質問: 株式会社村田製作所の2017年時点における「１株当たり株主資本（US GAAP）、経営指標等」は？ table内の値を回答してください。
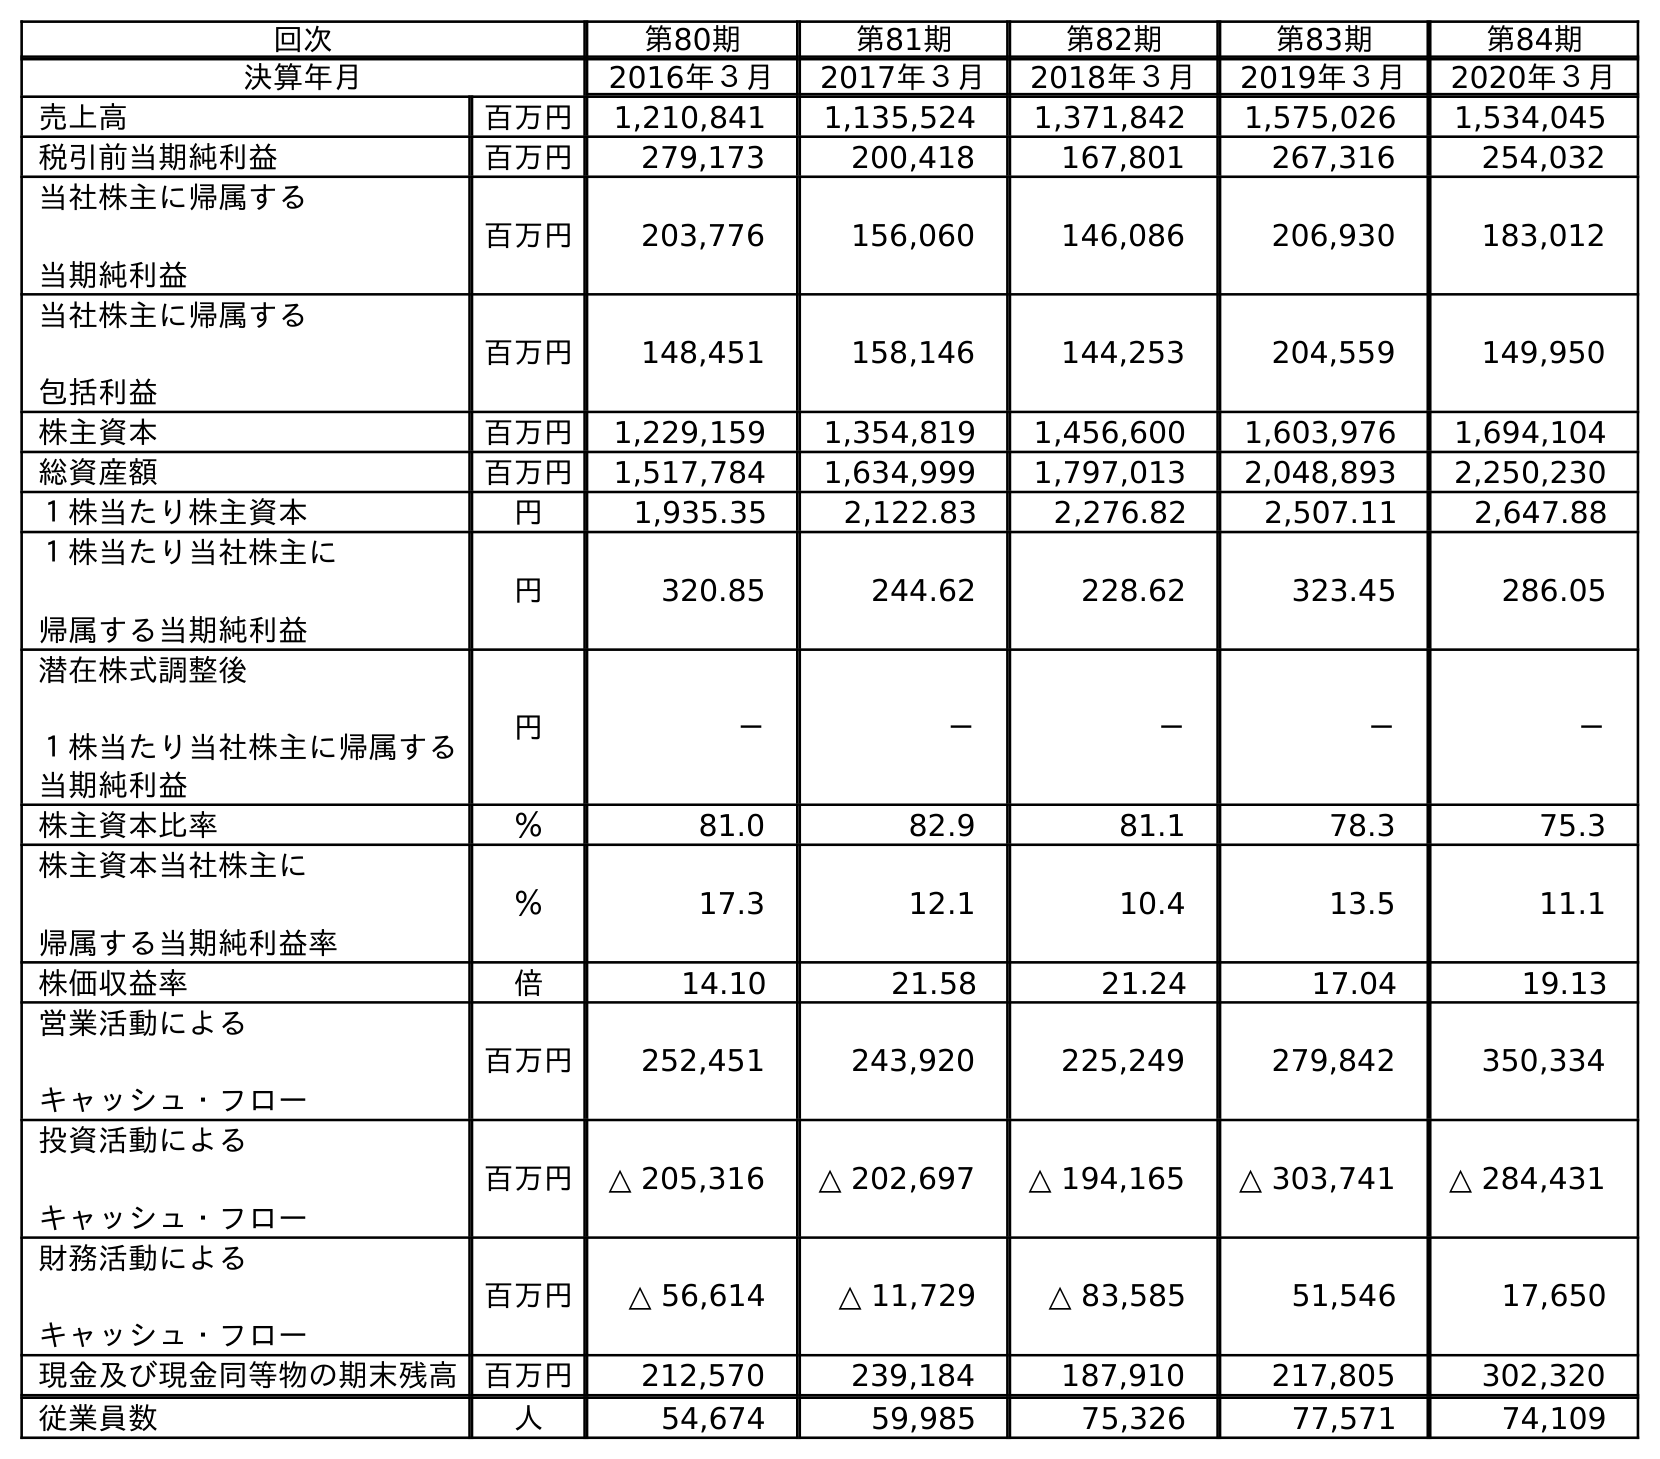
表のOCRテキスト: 回次 第80期 第81期 第82期 第83期 第84期 決算年月 2016年３月 2017年３月 2018年３月 2019年３月 2020年３月 売上高 百万円 1,210,841 1,135,524 1,371,842 1,575,026 1,534,045 税引前当期純利益 百万円 279,173 200,418 167,801 267,316 254,032 当社株主に帰属する 当期純利益 百万円 203,776 156,060 146,086 206,930 183,012 当社株主に帰属する 包括利益 百万円 148,451 158,146 144,253 204,559 149,950 株主資本 百万円 1,229,159 1,354,819 1,456,600 1,603,976 1,694,104 総資産額 百万円 1,517,784 1,634,999 1,797,013 2,048,893 2,250,230 １株当たり株主資本 円 1,935.35 2,122.83 2,276.82 2,507.11 2,647.88 １株当たり当社株主に 帰属する当期純利益 円 320.85 244.62 228.62 323.45 286.05 潜在株式調整後 １株当たり当社株主に帰属する 当期純利益 円 － － － － － 株主資本比率 ％ 81.0 82.9 81.1 78.3 75.3 株主資本当社株主に 帰属する当期純利益率 ％ 17.3 12.1 10.4 13.5 11.1 株価収益率 倍 14.10 21.58 21.24 17.04 19.13 営業活動による キャッシュ・フロー 百万円 252,451 243,920 225,249 279,842 350,334 投資活動による キャッシュ・フロー 百万円 △ 205,316 △ 202,697 △ 194,165 △ 303,741 △ 284,431 財務活動による キャッシュ・フロー 百万円 △ 56,614 △ 11,729 △ 83,585 51,546 17,650 現金及び現金同等物の期末残高 百万円 212,570 239,184 187,910 217,805 302,320 従業員数 人 54,674 59,985 75,326 77,571 74,109
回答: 2,122.83